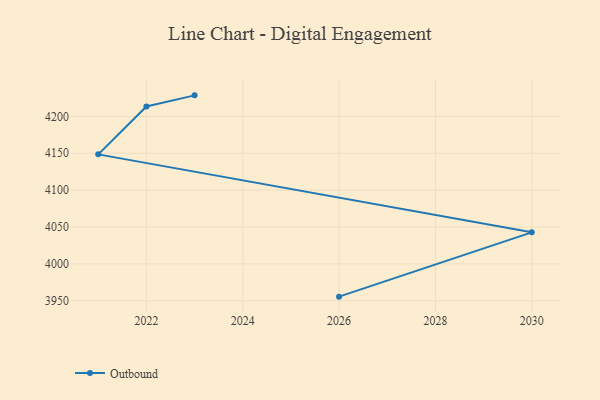
{"axis": {"x": "Year", "y": "Humidity (%)"}, "legend": ["Outbound"], "data": [{"x": "2023", "y": 4228.5, "type": "Outbound"}, {"x": "2022", "y": 4213.4, "type": "Outbound"}, {"x": "2021", "y": 4148.5, "type": "Outbound"}, {"x": "2030", "y": 4042.8, "type": "Outbound"}, {"x": "2026", "y": 3955.6, "type": "Outbound"}]}